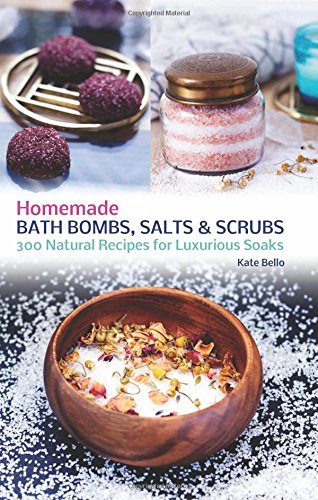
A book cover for Homemade Bath Bombs, Salts and Scrubs: 300 Natural Recipes for Luxurious Soaks; Kate Bello; Crafts, Hobbies & Home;